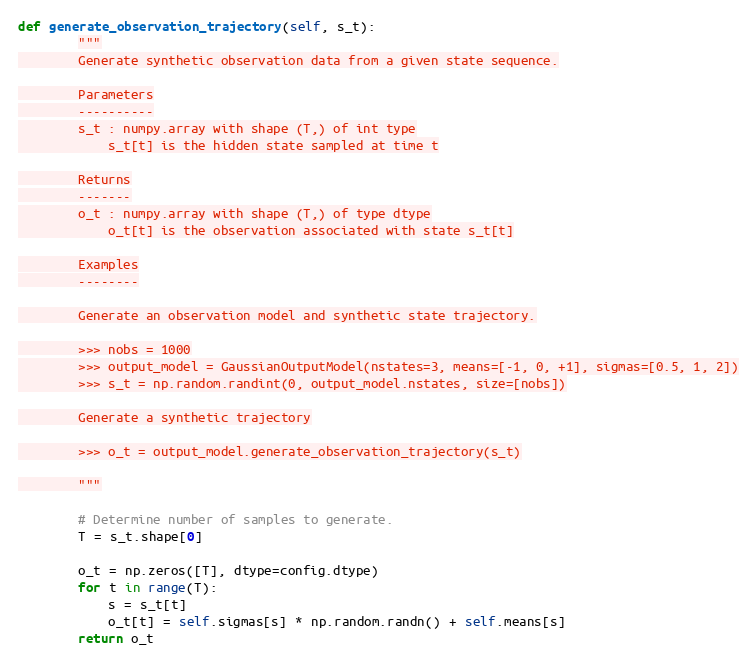
Language: Python
def generate_observation_trajectory(self, s_t):
        """
        Generate synthetic observation data from a given state sequence.

        Parameters
        ----------
        s_t : numpy.array with shape (T,) of int type
            s_t[t] is the hidden state sampled at time t

        Returns
        -------
        o_t : numpy.array with shape (T,) of type dtype
            o_t[t] is the observation associated with state s_t[t]

        Examples
        --------

        Generate an observation model and synthetic state trajectory.

        >>> nobs = 1000
        >>> output_model = GaussianOutputModel(nstates=3, means=[-1, 0, +1], sigmas=[0.5, 1, 2])
        >>> s_t = np.random.randint(0, output_model.nstates, size=[nobs])

        Generate a synthetic trajectory

        >>> o_t = output_model.generate_observation_trajectory(s_t)

        """

        # Determine number of samples to generate.
        T = s_t.shape[0]

        o_t = np.zeros([T], dtype=config.dtype)
        for t in range(T):
            s = s_t[t]
            o_t[t] = self.sigmas[s] * np.random.randn() + self.means[s]
        return o_t